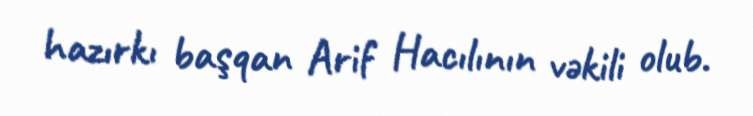
hazırkı başqan Arif Hacılının vəkili olub.